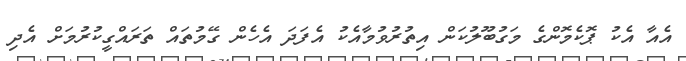
އެއާ އެކު ޕޮކެމޮންގެ މަގުބޫލުކަން އިތުރުވުމާއެކު އެފަދަ އެހެން ގޭމުތައް ތަރައްގީކުރުމަށް އެދި